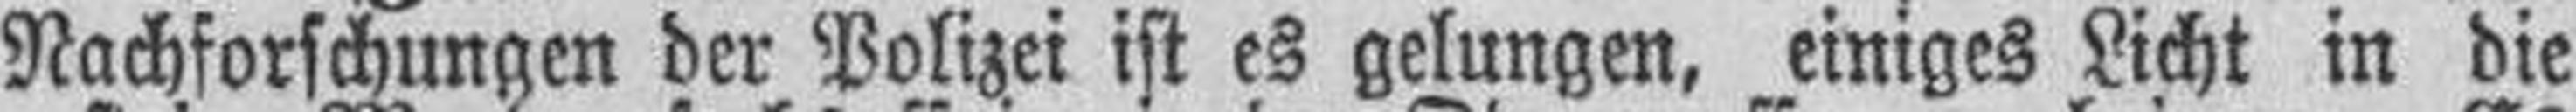
Nachforschungen der Polizei ist es gelungen, einiges Licht in die